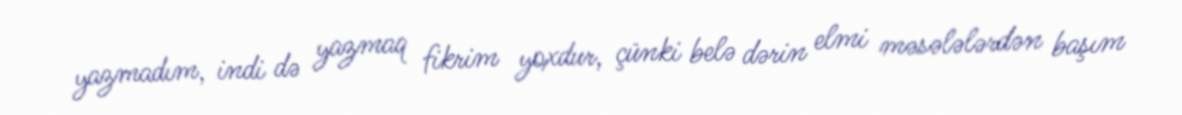
yazmadım, indi də yazmaq fikrim yoxdur, çünki belə dərin elmi məsələlərdən başım